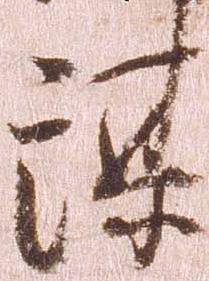
謀